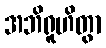
အဘိရူဟိတွာ